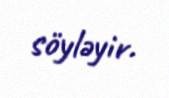
söyləyir.